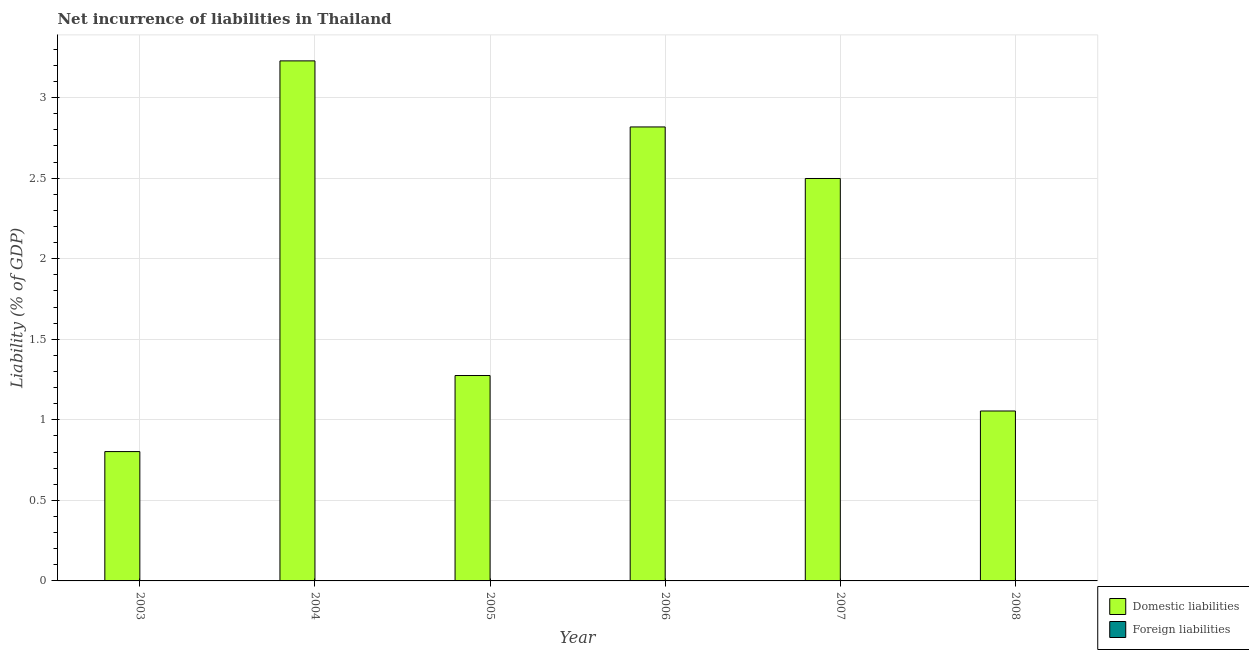
| Year | Domestic liabilities | Foreign liabilities |
 | --- | --- | --- |
 | 2003 | 0.803 | -0.537 |
 | 2004 | 3.23 | -0.262 |
 | 2005 | 1.27 | -0.81 |
 | 2006 | 2.82 | -0.603 |
 | 2007 | 2.5 | -0.926 |
 | 2008 | 1.05 | -0.422 |